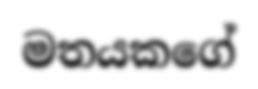
මතයකගේ